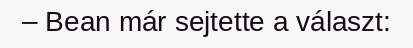
– Bean már sejtette a választ: